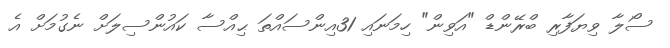
ސޯލާ ވިޔަފާރި ބްރޭންޑް "އަވިން" ހިމަނައި 31އިންސައްތަ ޙިއްސާ ކައުންސިލަށް ނެގުމަށް އެ